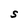
Character: S